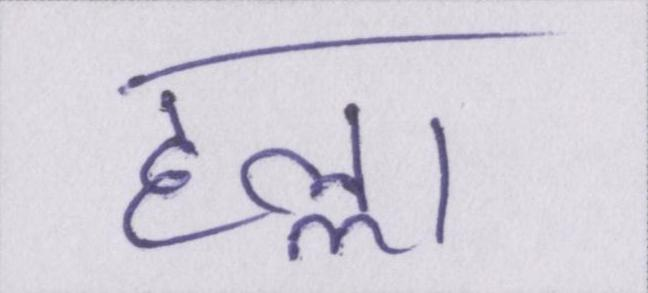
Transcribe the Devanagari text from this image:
हल्ला